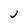
Character: j